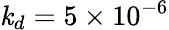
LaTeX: \mathit{k}_{d}=5\times10^{-6}